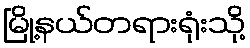
မြို့နယ်တရားရုံးသို့